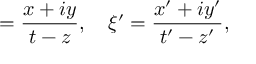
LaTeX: { \mathsf { \xi } } = { \frac { x + i y } { t - z } } , \quad \xi ^ { \prime } = { \frac { x ^ { \prime } + i y ^ { \prime } } { t ^ { \prime } - z ^ { \prime } } } ,